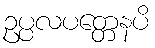
ဥပ္ပလပတ္တေနပိ